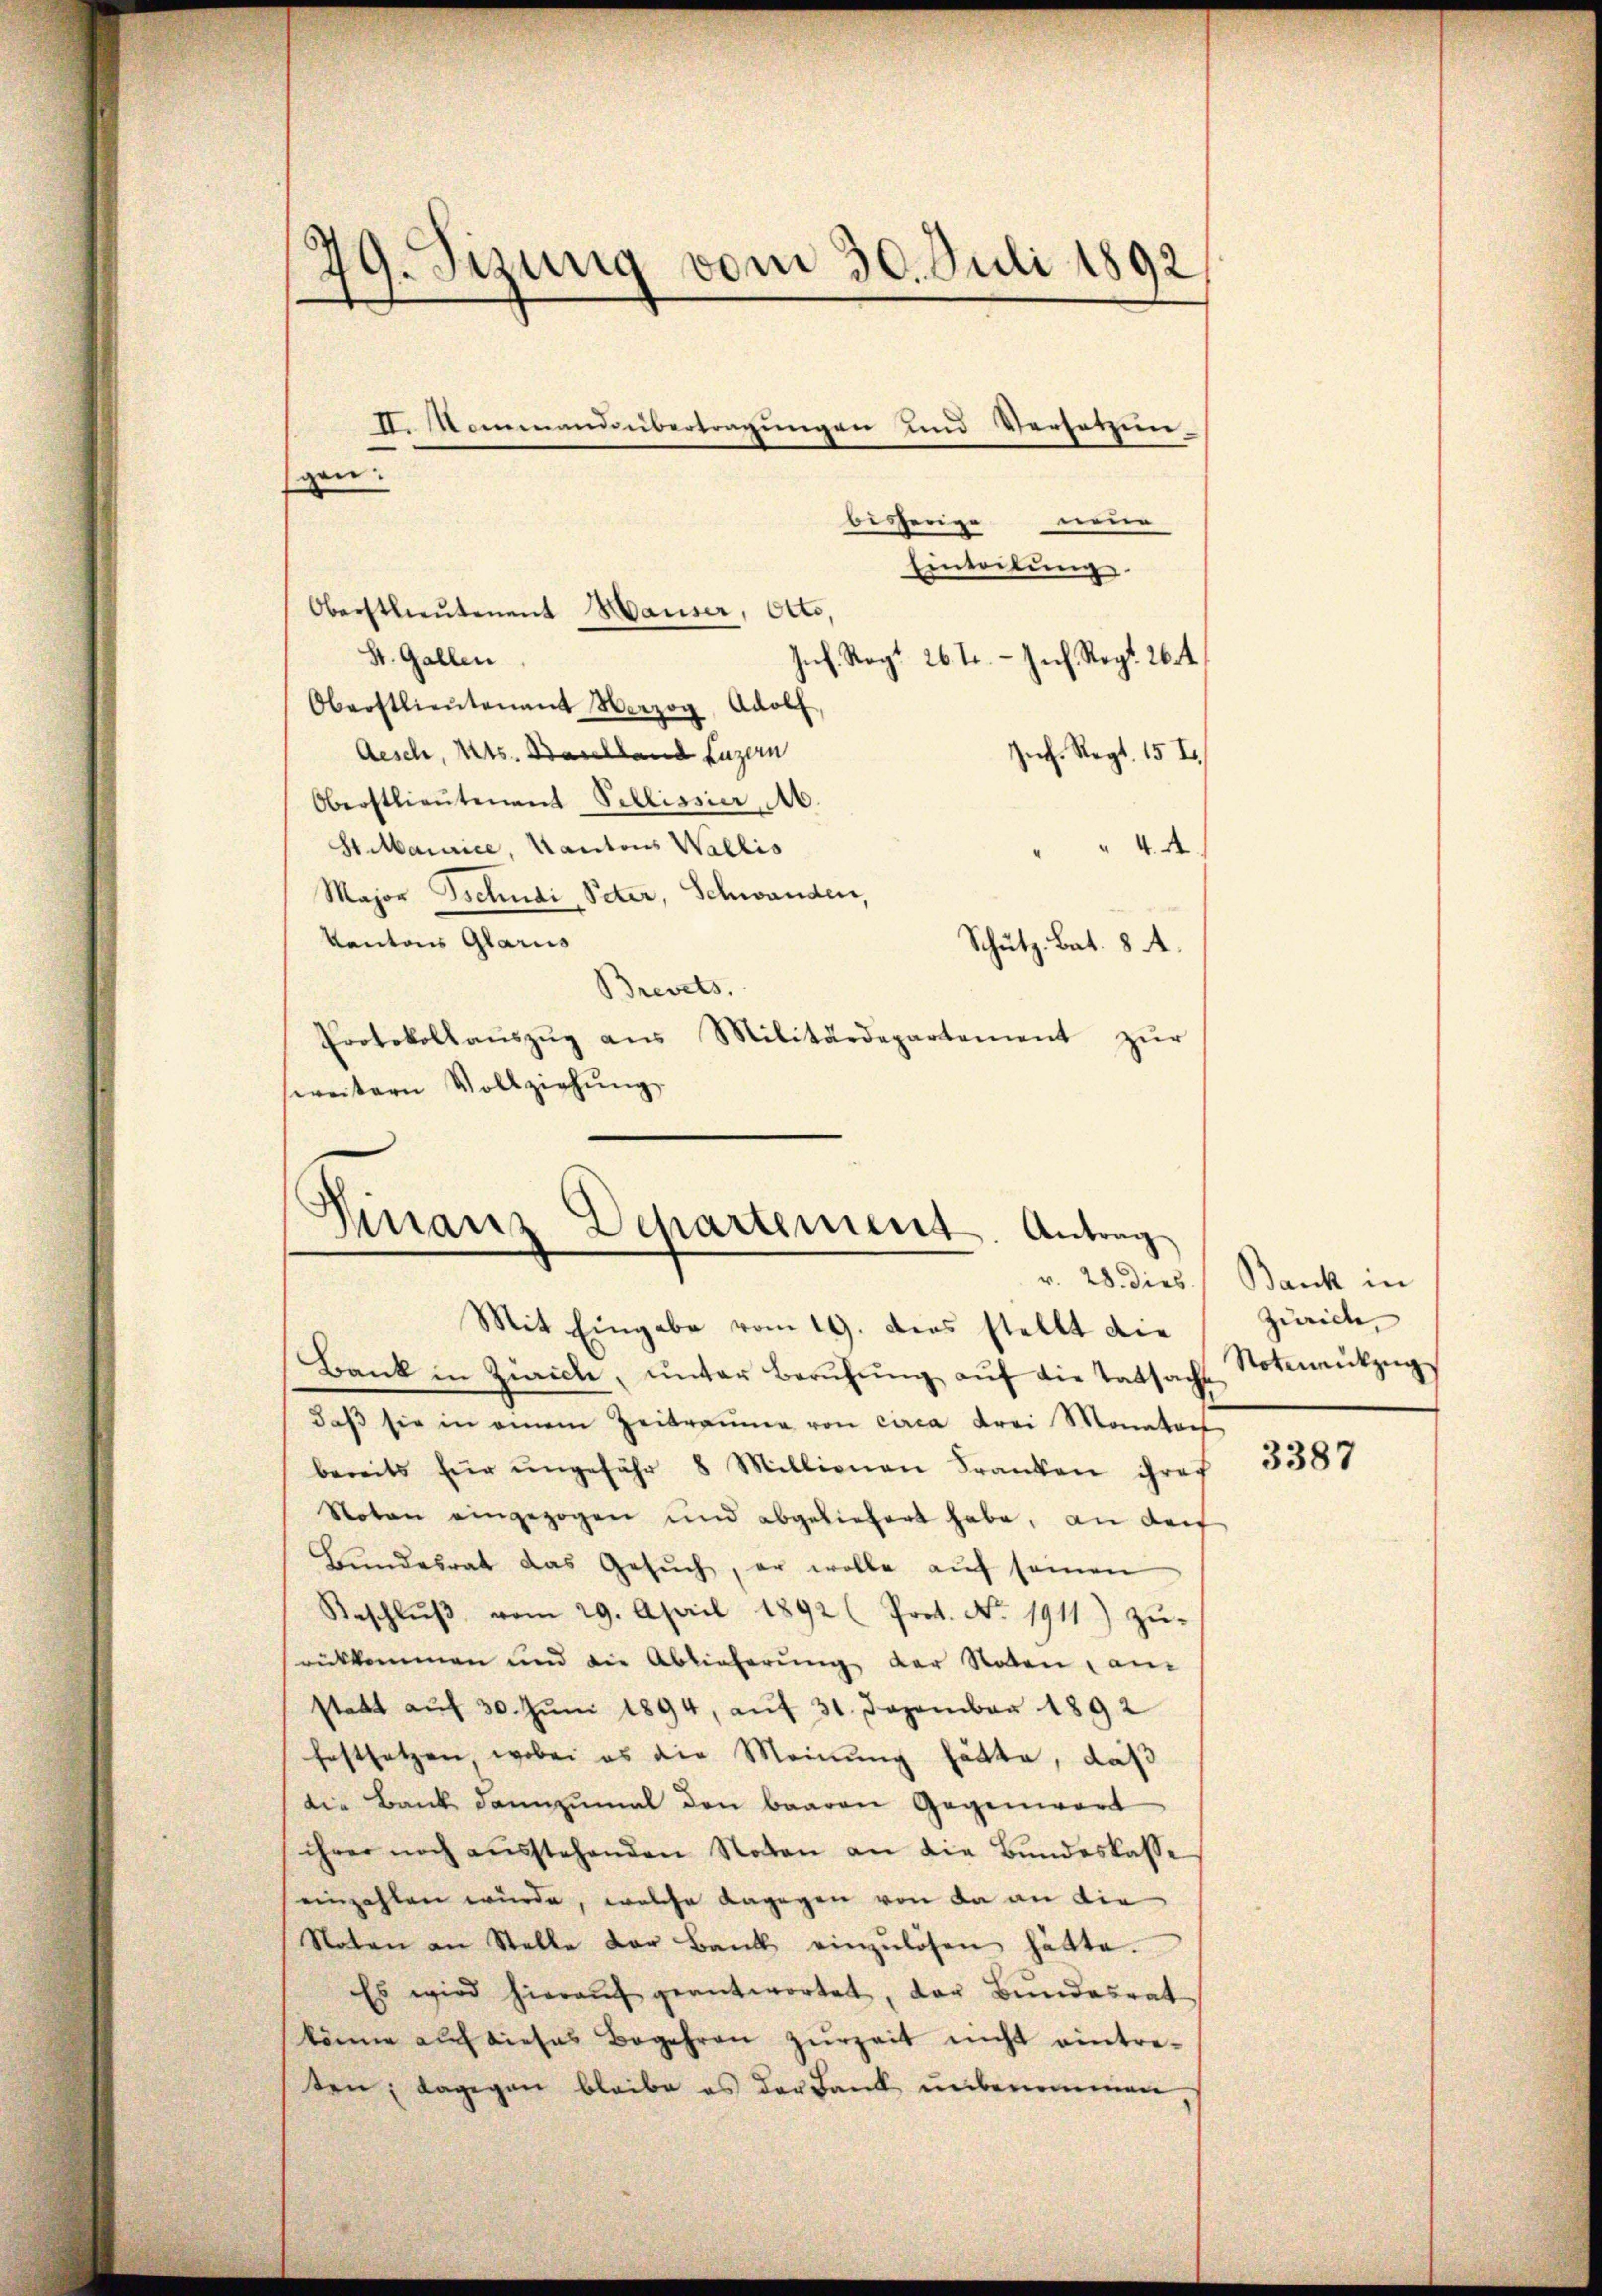
79. Sizung vom 30. Juli 1892

bisherige neue
Einteilŭng.
Oberstlieutenant Hauser, Otto,
St. Gallen
Inf. Regt 26 t. - Zech. Reg. 26 t
Oberstlieutenant Herzog, Adolf,
Aesch, Kts. Balland Luzern
Juch. Regt. 15 I.
Oberstlieutenant Pellissier, Ab.
St Maurice, Kantons Wallis
 4. A
Major Tschudi, Peter, Schwanden,
Kantons Glarus
Schutz, Bat. 8 A.
Brevets.
Protokollaŭszŭg ans Militärdepartement zŭr
weitern Vollziehŭng

A. Kommandübertragungen und Versetzun-
gen:

Finanz Departement. Antrag
v. 28. dies
Mit Eingabe vom 19. dies stellt die

Bank in Zürich, unter Berufung auf die Tatsacht
daβ sie in einem Zeitraume von circa Frei Monator
bereits für ŭngefähr 8 Millionen Franken ihres
Voten eingezogen und abgeliefert habe, an der
Bundesrat das Gesŭch, er wolle aŭf seinen
Beschlŭβ vom 29. April 1892 (Prot. No. 1911) zŭ-
rükkommen und die Ablieferung der Noten, an
statt aŭf 30. Jŭni 1894, aŭf 31. Dezember 1892
festsetzen, wobei es die Meinung hätte, daß
die Bank dannzumal den baaren Gegenwärt
ihrer noch aŭsstehenden Noten an die Bundeskasse
einzahlen würde, welche dagegen von da an die
Noten an Stelle der Bank einzŭlösen hätte.
Es wird hieraŭf geantwortet, der Bŭndesrat
könne auch dieses Begehren zurzeit nicht eintre-
ten; dagegen bleibe es der Bank unbenommen

Bank in
Zürich
Notenentzŭg

3387